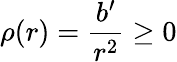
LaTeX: \rho(r)=\frac{b^{\prime}}{r^{2}}\ge 0